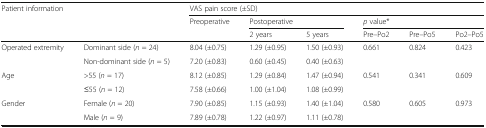
<table><thead><tr><td rowspan="3" colspan="2"><b>Patient information</b></td><td colspan="6"><b>VAS pain score (±SD)</b></td></tr><tr><td><b>Preoperative</b></td><td colspan="2"><b>Postoperative</b></td><td colspan="3"><b><i>p</i> value*</b></td></tr><tr><td></td><td><b>2 years</b></td><td><b>5 years</b></td><td><b>Pre–Po2</b></td><td><b>Pre–Po5</b></td><td><b>Po2–Po5</b></td></tr></thead><tbody><tr><td rowspan="2">Operated extremity</td><td>Dominant side (<i>n</i> = 24)</td><td>8.04 (±0.75)</td><td>1.29 (±0.95)</td><td>1.50 (±0.93)</td><td rowspan="2">0.661</td><td rowspan="2">0.824</td><td rowspan="2">0.423</td></tr><tr><td>Non-dominant side (<i>n</i> = 5)</td><td>7.20 (±0.83)</td><td>0.60 (±0.45)</td><td>0.40 (±0.63)</td></tr><tr><td rowspan="2">Age</td><td>&gt;55 (<i>n</i> = 17)</td><td>8.12 (±0.85)</td><td>1.29 (±0.84)</td><td>1.47 (±0.94)</td><td rowspan="2">0.541</td><td rowspan="2">0.341</td><td rowspan="2">0.609</td></tr><tr><td>≤55 (<i>n</i> = 12)</td><td>7.58 (±0.66)</td><td>1.00 (±1.04)</td><td>1.08 (±0.99)</td></tr><tr><td rowspan="2">Gender</td><td>Female (<i>n</i> = 20)</td><td>7.90 (±0.85)</td><td>1.15 (±0.93)</td><td>1.40 (±1.04)</td><td rowspan="2">0.580</td><td rowspan="2">0.605</td><td rowspan="2">0.973</td></tr><tr><td>Male (<i>n</i> = 9)</td><td>7.89 (±0.78)</td><td>1.22 (±0.97)</td><td>1.11 (±0.78)</td></tr></tbody></table>